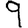
Digit: 9